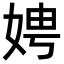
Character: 娉